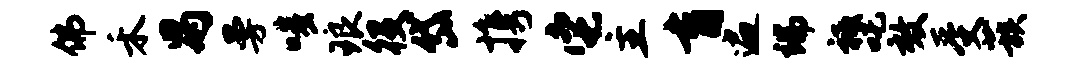
佛禾舄曼嗤琅役岱携它主育遍端祗吒效受蔟